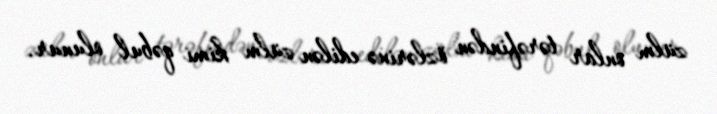
zülm onlar tərəfindən özlərinə edilən zülm kimi qəbul olunur.